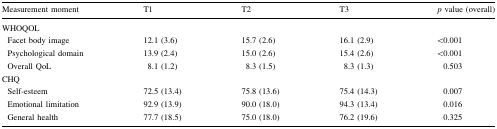
<table><thead><tr><td><b>Measurement moment</b></td><td><b>T1</b></td><td><b>T2</b></td><td><b>T3</b></td><td><b><i>p</i> value (overall)</b></td></tr></thead><tbody><tr><td colspan="5">WHOQOL</td></tr><tr><td> Facet body image</td><td>12.1 (3.6)</td><td>15.7 (2.6)</td><td>16.1 (2.9)</td><td>&lt;0.001</td></tr><tr><td> Psychological domain</td><td>13.9 (2.4)</td><td>15.0 (2.6)</td><td>15.4 (2.6)</td><td>&lt;0.001</td></tr><tr><td> Overall QoL</td><td>8.1 (1.2)</td><td>8.3 (1.5)</td><td>8.3 (1.3)</td><td>0.503</td></tr><tr><td colspan="5">CHQ</td></tr><tr><td> Self-esteem</td><td>72.5 (13.4)</td><td>75.8 (13.6)</td><td>75.4 (14.3)</td><td>0.007</td></tr><tr><td> Emotional limitation</td><td>92.9 (13.9)</td><td>90.0 (18.0)</td><td>94.3 (13.4)</td><td>0.016</td></tr><tr><td> General health</td><td>77.7 (18.5)</td><td>75.0 (18.0)</td><td>76.2 (19.6)</td><td>0.325</td></tr></tbody></table>